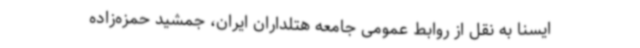
ایسنا به نقل از روابط عمومی جامعه هتلداران ایران، جمشید حمزه‌زاده